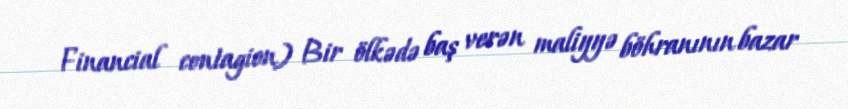
Financial contagion) Bir ölkədə baş verən maliyyə böhranının bazar